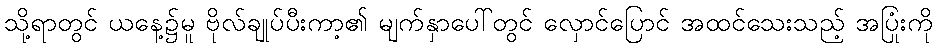
သို့ရာတွင် ယနေ့၌မူ ဗိုလ်ချုပ်ပီးကာ့၏ မျက်နှာပေါ်တွင် လှောင်ပြောင် အထင်သေးသည့် အပြုံးကို